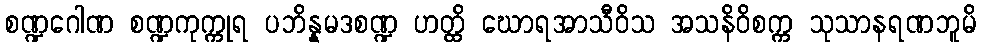
စဏ္ဍဂေါဏ စဏ္ဍကုက္ကုရ ပဘိန္နမဒစဏ္ဍ ဟတ္ထိ ဃောရအာသီဝိသ အသနိဝိစက္က သုသာနရဏဘူမိ